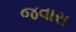
જવારા